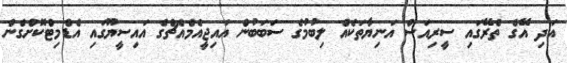
އަދި އޭގެ ތެރޭގައި ސީރިއަސް އަނިޔާތަކެއް ލިބުމުގެ ސަބަބުން އައިޖީއެމްއެޗްގެ އައިސީޔޫގައި އެޑްމިޓްކޮށްގެން